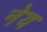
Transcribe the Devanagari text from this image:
नेय